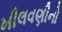
ખીલવણીનો